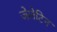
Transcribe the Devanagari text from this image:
जेलेटिन